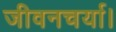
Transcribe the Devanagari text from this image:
जीवनचर्या।